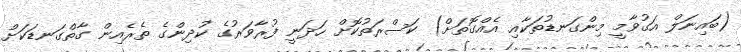
(ބައިނަލް އަގުވާމީ މިންގަނޑުތަކާއި އެއްގޮތަށް) ކަސްރަތުކޮށް ހަދަނީ ފުރާވަރުގެ ކުދިންގެ ތެރެއިން ގާތްގަނޑަކަށް